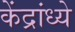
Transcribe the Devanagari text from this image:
केंद्रांध्ये